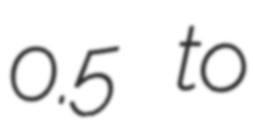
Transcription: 0.5 to